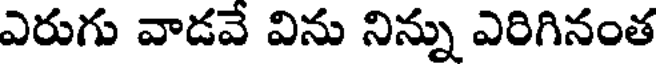
ఎరుగు వాడవే విను నిన్ను ఎరిగినంత